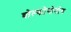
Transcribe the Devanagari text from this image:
वोल्कोगोनोव